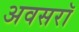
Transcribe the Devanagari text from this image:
अवसरॉ